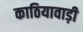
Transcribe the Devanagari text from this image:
काठियावाड़ी